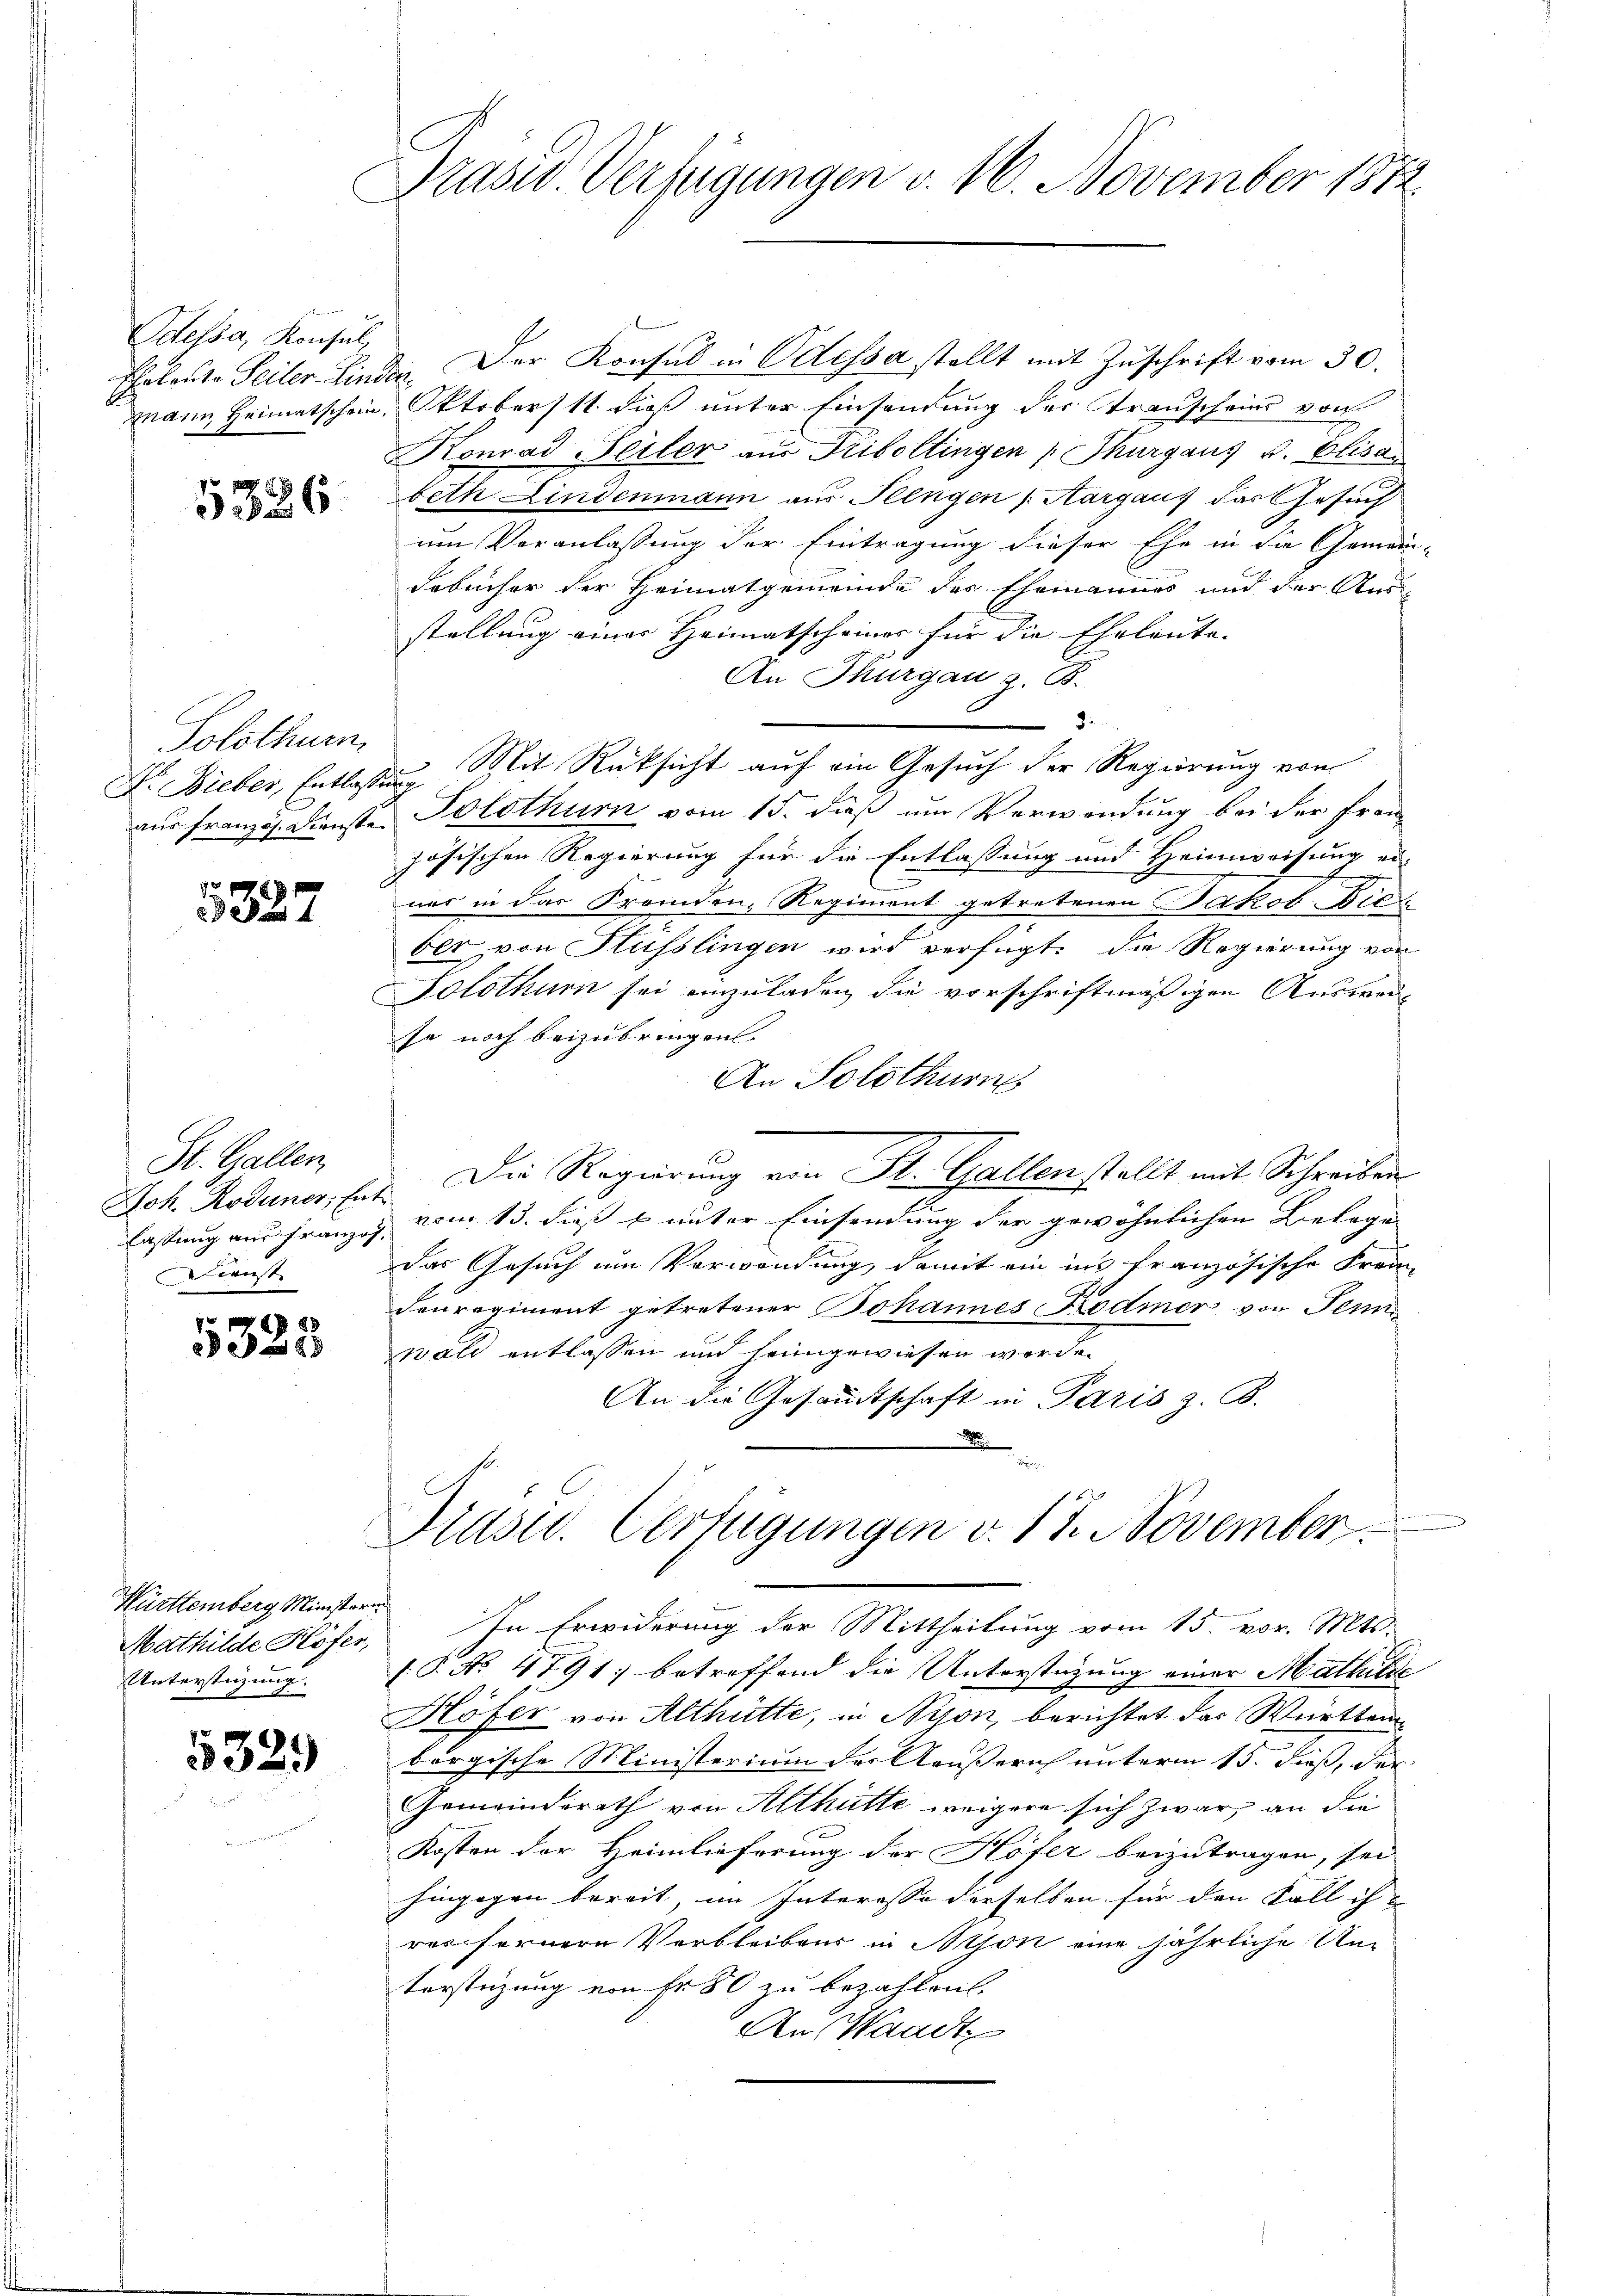
Odessa, Konsul,

5326

Solothurn,

5327

St. Gallen
Joh. Roduner, En
lassung aus Franzo
ienst

83
89

Württemberg Ministerin
Mathilde Hofer,
Unterstüzung.

5329

Drasw. Verfügungen v. 16. November 1872.

Ehrleute Teiler-Linden. Der Konsul in Odessa stellt mit Zuschrift vom 30.
mann Heimatschein, Oktoberst dieß unter Einsendung der Transcheins von
Konrad Feiler aus Friboltingen Thurgaus v. Elisa
beth Lindenmann aus Plengen Aargaus das Gesuch
um Voranlassung der Eintragung dieser Ehe in die Gemein-
debücher der Heimatgemeinde der Ehemannes und der Aus
stellung einer Heimatscheiner für die Eheleute.
An Thurgau z. B.
3.
Dr. Dieber, Entlassung Mit Rücksicht auf ein Gesuch der Regierung von
aus französ. Künste. Solothurn vom 15. dieß um Verwendung bei der Fran
zösischen Regierung für die Entlassung und Heimweisung er-
E
nes in das Fremden, Regiment getretenen Jakob Bir
ber von Flüsslingen wird verfügt: die Regierung von
Solothurn sei einzuladen, die vorschriftmäßigen Ausweise noch beizubringen.
An Solothurn
Die Regierung von St. Gallen stellt mit Schreiben
vom 13. dieß & unter Einsendung der gewöhnlichen Belege
Das Gesuch um Verwendung, damit ein ins französische Frem
denregiment getretener Johannes Kodmer von Jenn
wald entlassen und heimgewiesen werde.
An die Gesandtschaft in Paris z. B.
Präsid. Verfügungen v. 17. November
In Erwiderung der Mittheilung vom 15. vor. Mts.
.P. No 4791; betreffend die Unterstüzung einer Mathilde
Höfer von Althütte, in Nyon, berichtet das Württemborgische Ministerium der Aeußern unterm 15. Fuß, der
Gemeindsrath von Althütte weigere sich zwar, an die
Kosten der Heimlieferung der Höfer beizutragen, sei
hingegen bereit, im Interesse derselben für den Fall ih
res fernere Verbleibens in Mison eine jährliche Unterstüzung von fr. 80 zu bezahlen.
An Waadt